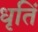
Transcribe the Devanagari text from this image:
धृतिं